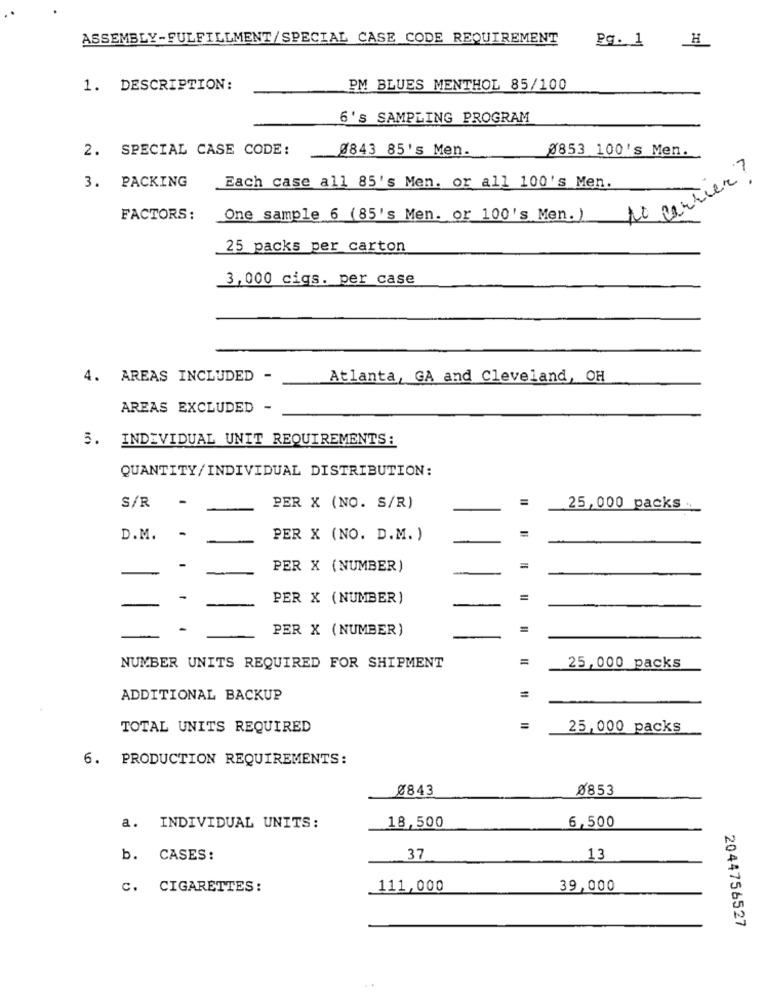
ASSEMBLY-FULFILLMENT/SPECIAL CASE CODE REQUIREMENT
Pg. 1
H
1. DESCRIPTION:
PM BLUES MENTHOL 85/100
6's SAMPLING PROGRAM
2. SPECIAL CASE CODE:
0843 85's Men.
0853 100's Men.
3. PACKING
carrier ?
Each case all 85's Men. or all 100's Men.
FACTORS:
One sample 6 (85's Men. or 100's Men. )
25 packs per carton
3,000 cigs. per case
4. AREAS INCLUDED -
Atlanta, GA and Cleveland, OH
AREAS EXCLUDED -
INDIVIDUAL UNIT REQUIREMENTS:
5.
QUANTITY/INDIVIDUAL DISTRIBUTION:
=
S/R
PER X (NO. S/R)
25,000 packs.
-
D.M.
PER X (NO. D.M. )
-
PER X (NUMBER)
=
-
PER X (NUMBER)
=
PER X (NUMBER)
=
=
NUMBER UNITS REQUIRED FOR SHIPMENT
25,000 packs
ADDITIONAL BACKUP
TOTAL UNITS REQUIRED
25,000 packs
6. PRODUCTION REQUIREMENTS:
Ø843
0853
18,500
6,500
a. INDIVIDUAL UNITS:
b. CASES:
37
13
C. CIGARETTES:
111,000
39,000
2044756527